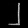
Digit: ၂